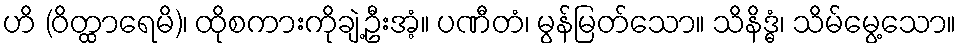
ဟိ (ဝိတ္ထာရေမိ)၊ ထိုစကားကိုချဲ့ဦးအံ့။ ပဏီတံ၊ မွန်မြတ်သော။ သိနိဒ္ဓံ၊ သိမ်မွေ့သော။